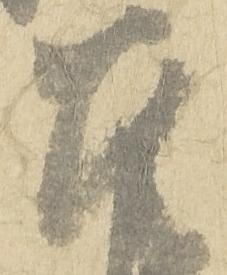
召